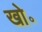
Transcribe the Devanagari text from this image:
खो॰